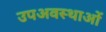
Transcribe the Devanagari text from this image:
उपअवस्थाओं